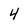
Character: 4